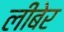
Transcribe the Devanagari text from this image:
लीबेर